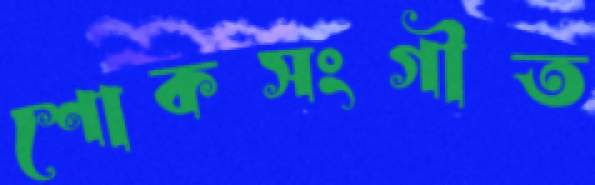
শোকসংগীত